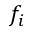
f _ { i }